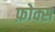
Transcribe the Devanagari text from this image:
फ़ोक्स